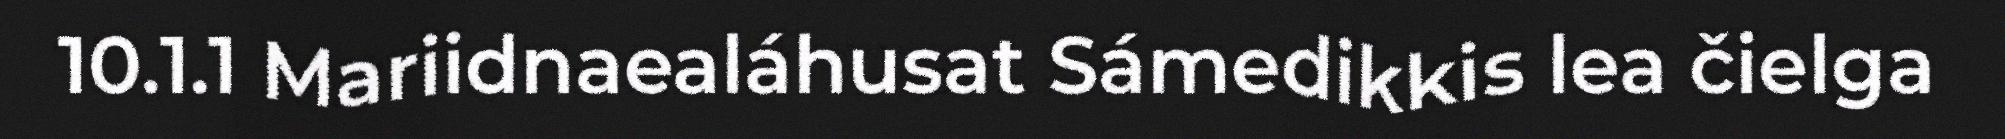
10.1.1 Mariidnaealáhusat Sámedikkis lea čielga